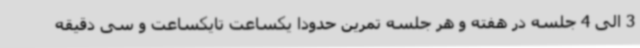
3 الی 4 جلسه در هفته و هر جلسه تمرین حدودا یکساعت تایکساعت و سی دقیقه